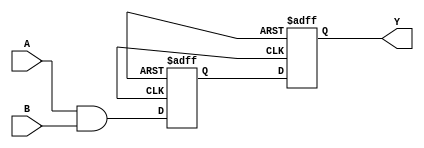
module nand_gate_delay (
    input wire A,
    input wire B,
    output reg Y
);

reg internal_delay;

always @ (posedge clk or posedge rst) begin
    if (rst) begin
        internal_delay <= 1'b0;
    end else begin
        internal_delay <= A & B;
    end
end

always @ (posedge clk or posedge rst) begin
    if (rst) begin
        Y <= 1'b0;
    end else begin
        Y <= internal_delay;
    end
end

endmodule